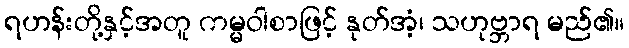
ရဟန်းတို့နှင့်အတူ ကမ္မဝါစာဖြင့် နုတ်အံ့၊ သဟုဗ္ဘာရ မည်၏။